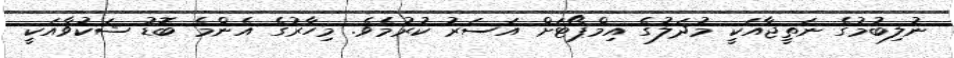
ނުލިބުމުގެ ނަތީޖާއަކީ މުދަލުގެ އިމްޕޯޓަށް އަސަރު ކުރުމެވެ. މިހާރުގެ އެންމެ ބޮޑު ޝަކުވާއަކީ